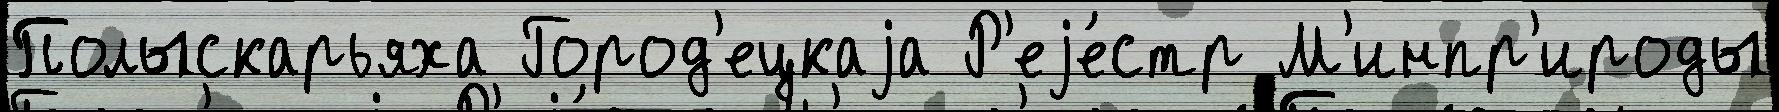
Полыскарьяха Город'ецкаjа Р'еjе́стр М'инпр'ироды